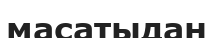
масатыдан